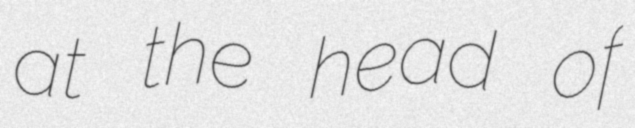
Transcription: at the head of